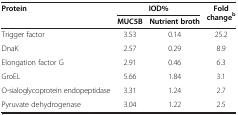
<table><thead><tr><td rowspan="2"><b>Protein</b></td><td colspan="2"><b>IOD%</b></td><td rowspan="2"><b>Fold change<sup>b</sup></b></td></tr><tr><td><b>MUC5B</b></td><td><b>Nutrient broth</b></td></tr></thead><tbody><tr><td>Trigger factor</td><td>3.53</td><td>0.14</td><td>25.2</td></tr><tr><td>DnaK</td><td>2.57</td><td>0.29</td><td>8.9</td></tr><tr><td>Elongation factor G</td><td>2.91</td><td>0.46</td><td>6.3</td></tr><tr><td>GroEL</td><td>5.66</td><td>1.84</td><td>3.1</td></tr><tr><td>O-sialoglycoprotein endopeptidase</td><td>3.31</td><td>1.24</td><td>2.7</td></tr><tr><td>Pyruvate dehydrogenase</td><td>3.04</td><td>1.22</td><td>2.5</td></tr></tbody></table>